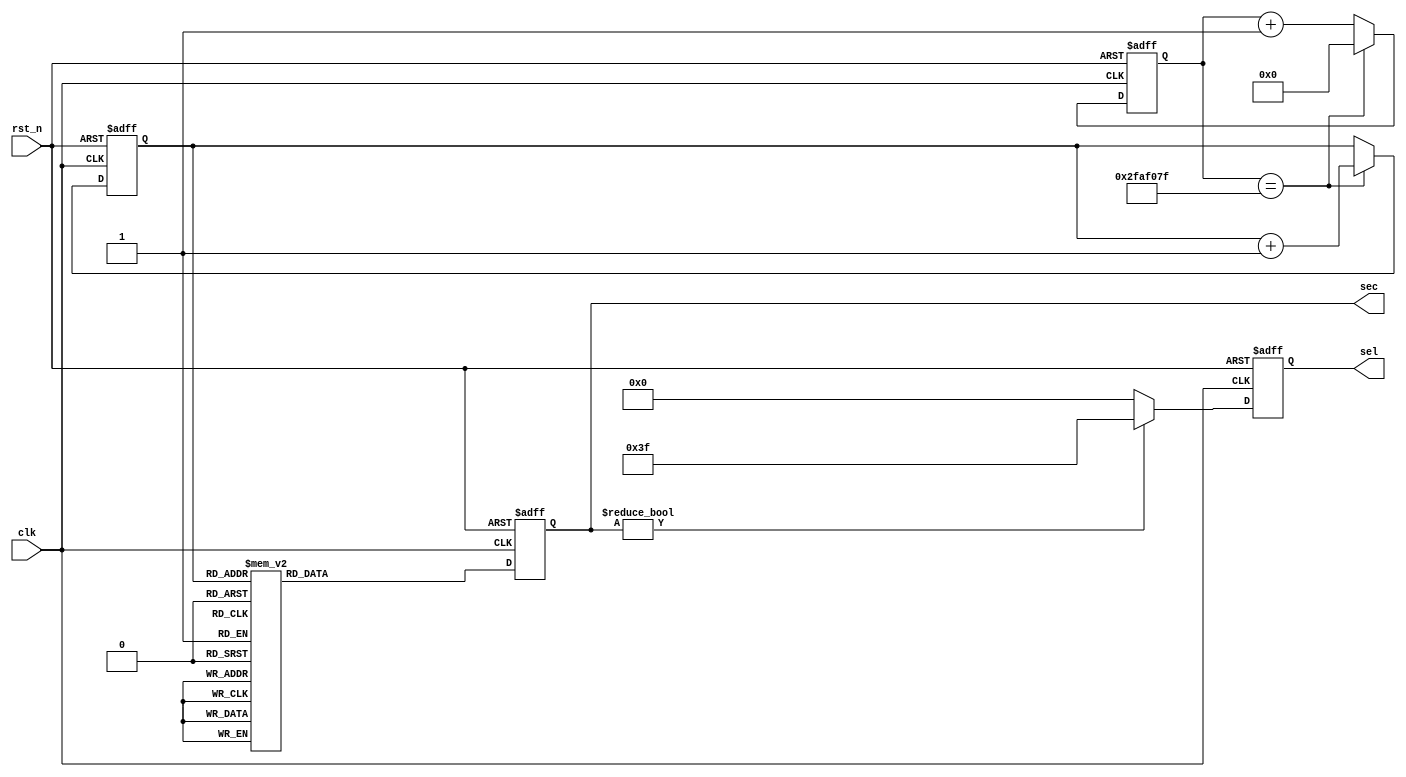
module Data_Control 
#(
	parameter cnt_500ms_max = 32'd49_999_999 	//1s
)
(
	input clk,
	input rst_n,
	output reg [5:0] sel, 	//
	output reg [7:0] sec 	//
);

	reg [31:0] cnt_500ms;	//cnt_500ms
	reg [3:0] cnt_num;		//0-15

	/*0.5*/
	always @(posedge clk or negedge rst_n) begin
		if(~rst_n) begin
			cnt_500ms <= 32'd0;
		end else if(cnt_500ms == cnt_500ms_max) begin
			cnt_500ms <= 32'd0;
		end else begin
			cnt_500ms <= cnt_500ms + 32'd1;
		end
	end

	/*0-fcnt_num*/
	always @(posedge clk or negedge rst_n) begin
		if(~rst_n) begin
			cnt_num <= 4'd0;
		end else if(cnt_500ms == cnt_500ms_max) begin
			cnt_num <= cnt_num + 4'd1;
		end else begin
			cnt_num <= cnt_num;
		end
	end


	/*sel*/
	always @(posedge clk or negedge rst_n) begin
		if(~rst_n) begin
			sel <= 6'd0;
		end else if(sec) begin
			sel <= 6'b111_111;
		end else begin
			sel  <= 6'd0;
		end
	end

	/*sec[7:0]0-f*/
	always @(posedge clk or negedge rst_n) begin
		if(~rst_n) begin
			sec <= 8'd0;
		end else begin
			case(cnt_num)
				4'd0 : sec <= 8'b1100_0000;
				4'd1 : sec <= 8'b1111_1001;
				4'd2 : sec <= 8'b1010_0100;
				4'd3 : sec <= 8'b1011_0000;
				4'd4 : sec <= 8'b1001_1001;
				4'd5 : sec <= 8'b1001_0010;
				4'd6 : sec <= 8'b1000_0010;
				4'd7 : sec <= 8'b1111_1000;
				4'd8 : sec <= 8'b1000_0000;
				4'd9 : sec <= 8'b1001_0000;
				4'd10 : sec <= 8'b1000_1000;
				4'd11 : sec <= 8'b1000_0011;
				4'd12 : sec <= 8'b1100_0110;
				4'd13 : sec <= 8'b1010_0001;
				4'd14 : sec <= 8'b1000_0110;
				4'd15 : sec <= 8'b1000_1110;
				default : sec <= 8'd0;
			endcase
		end
	end
	


endmodule